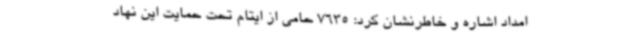
امداد اشاره و خاطرنشان کرد: 7635 حامی از ایتام تحت حمایت این نهاد